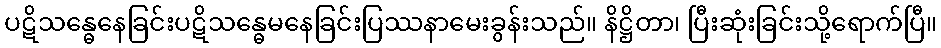
ပဋိသန္ဓေနေခြင်းပဋိသန္ဓေမနေခြင်းပြဿနာမေးခွန်းသည်။ နိဋ္ဌိတာ၊ ပြီးဆုံးခြင်းသို့ရောက်ပြီ။